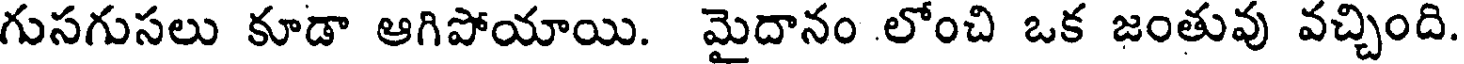
గుసగుసలు కూడా ఆగిపోయాయి. మైదానం లోంచి ఒక జంతువు వచ్చింది.